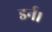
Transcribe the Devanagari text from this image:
डर्न।